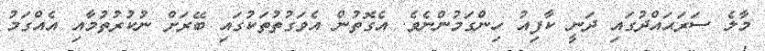
މާލެ ސަރަޙައްދުގައި ދަނީ ކާފިއު ހިންގަމުންނެވެ. އެގޮތުން އެވަގުތުތަކުގައި ބޭރަށް ނުކުރުތުމާއި އެއްގަމު